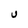
Character: U